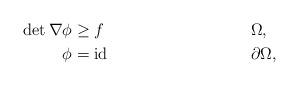
LaTeX: \begin{align*}\det\nabla \phi&\geq f&&\Omega,\\\phi&=\operatorname{id}&&\partial \Omega,\end{align*}